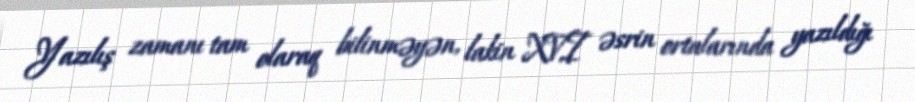
Yazılış zamanı tam olaraq bilinməyən, lakin XVI əsrin ortalarında yazıldığı